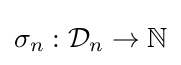
\sigma _{n}:{\mathcal {D}}_{n}\rightarrow \mathbb {N}